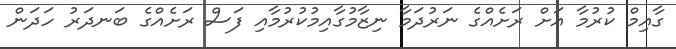
ގާއިމް ކުރުމާ އަށް ރަށެއްގެ ނަރުދަމާ ނިޒާމުގާއިމުކުރުމާއި ފަސް ރަށެއްގެ ބަނދަރު ހަދަން